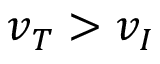
v _ { T } > v _ { I }